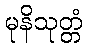
မုနိသုတ္တံ